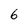
Character: 6